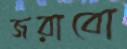
জরাবো